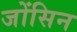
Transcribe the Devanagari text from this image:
जोंसिन